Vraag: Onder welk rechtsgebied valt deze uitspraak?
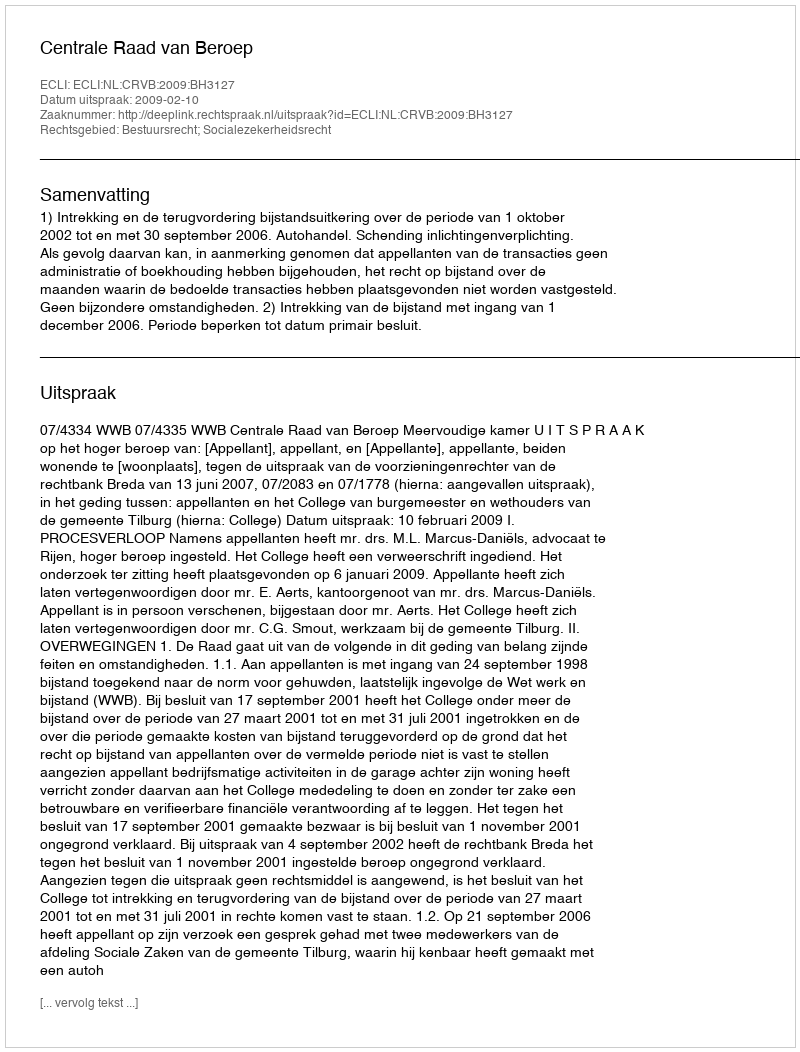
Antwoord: Bestuursrecht; Socialezekerheidsrecht